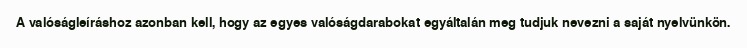
A valóságleíráshoz azonban kell, hogy az egyes valóságdarabokat egyáltalán meg tudjuk nevezni a saját nyelvünkön.